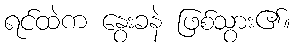
ရင်ထဲက နွေးခနဲ ဖြစ်သွား၏။